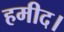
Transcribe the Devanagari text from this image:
हमीद।